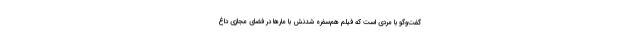
گفت‌وگو با مردی است که فیلم هم‌سفره ‌شدنش با مارها در فضای مجازی داغ